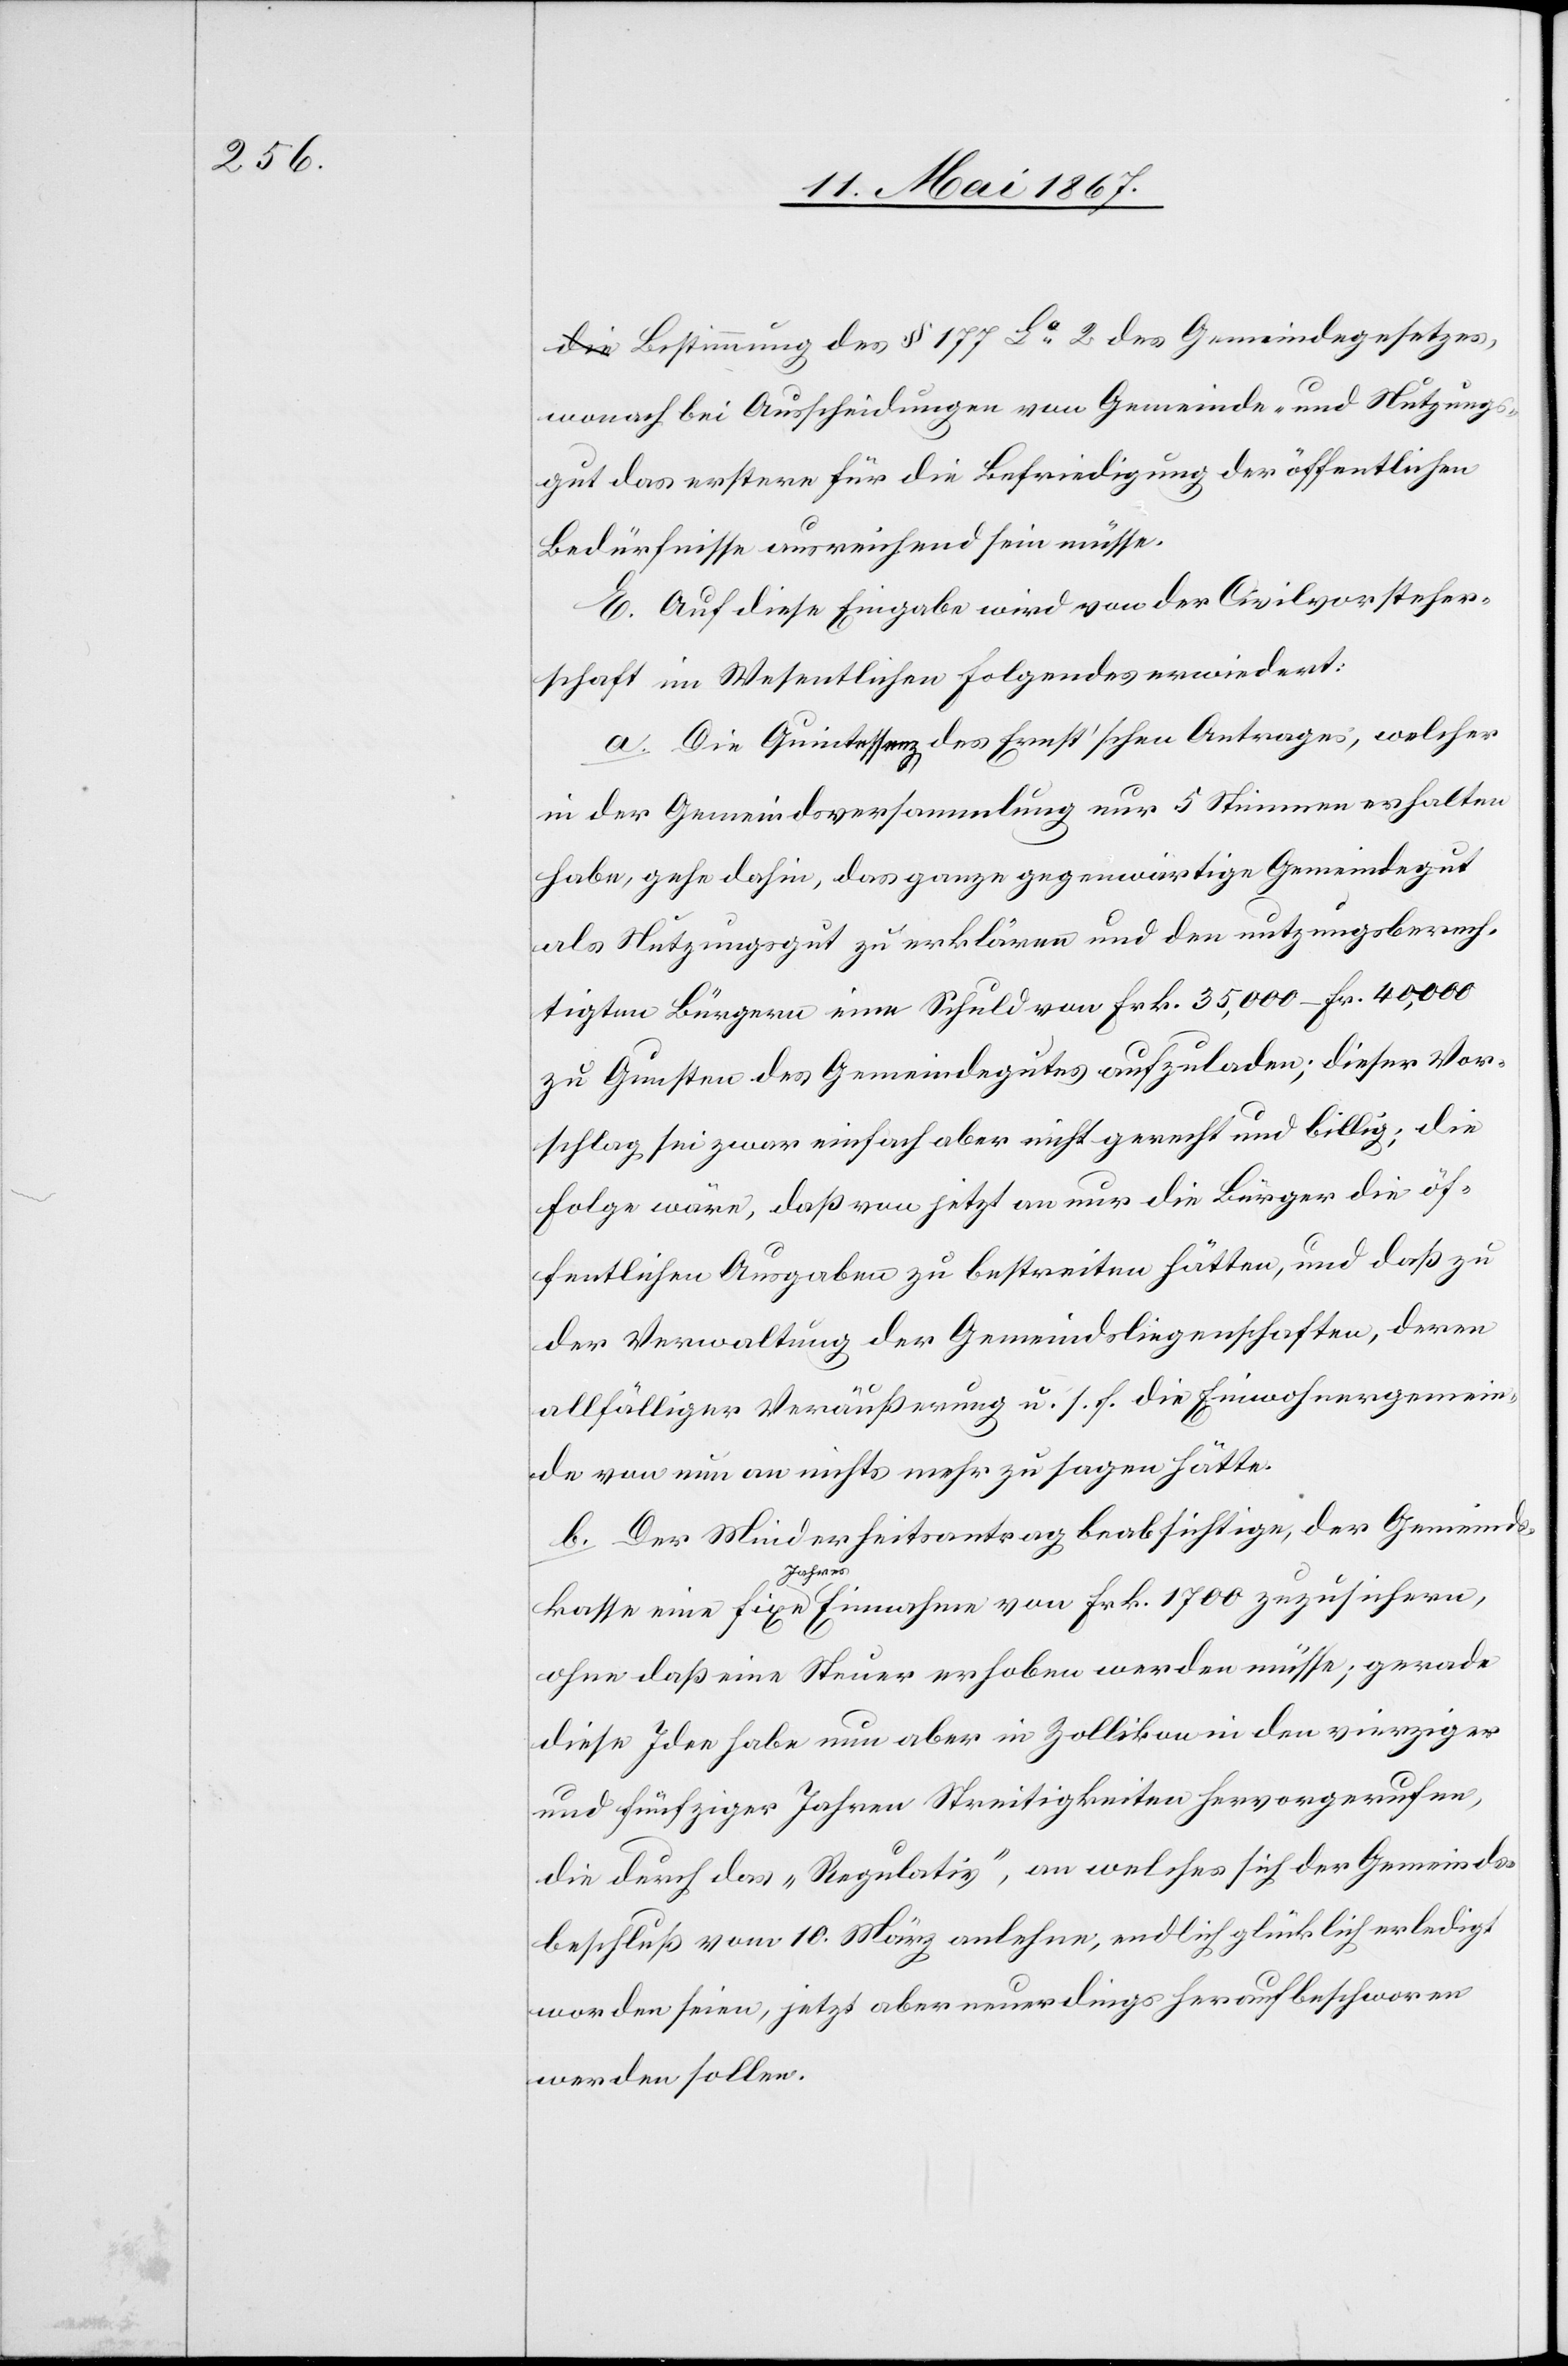
Bestimmung des § 177 La 2 des Gemeindegesetzes
wonach bei Ausscheidungen von Gemeinde- und Nutzung¬
sgut das erstere für die Befriedigung der öffentlichen
Bedürfnisse ausreichend sein müsse.
E. Auf diese Eingabe wird von der Civilvorsteher¬
schaft im Wesentlichen Folgendes erwiedert:
a. Die Quintessenz des Ernst’schen Antrages, welcher
in der Gemeindsversammlung nur 5 Stimmen erhalten
habe, gehe dahin, das ganze gegenwärtige Gemeindegut
als Nutzungsgut zu erklären und den nutzungsberech¬
tigten Bürgern eine Schuld von Frk. 35,000–Fr. 40,000
zu Gunsten des Gemeindegutes aufzuladen; dieser Vor¬
schlag, sei zwar einfach aber nicht gerecht und billig; die
Folge wäre, daß von jetzt an nur die Bürger die öf¬
fentlichen Ausgaben zu bestreiten hätten, und daß zu
der Verwaltung der Gemeindsliegenschaften, deren
allfälliger Veräußerung u. s. f. die Einwohnergemein¬
de von nun an nichts mehr zu sagen hätte.
b. Der Minderheitsantrag beabsichtige, der Gemeinds¬
kasse eine fixe Jahreseinnahme von Frk. 1700 zuzusichern,
ohne daß eine Steuer erhoben werden müsse; gerade
diese Idee habe nun aber in Zollikon in den vierziger
und fünfziger Jahren Streitigkeiten hervorgerufen,
die durch das „Regulativ“, an welches sich der Gemeinds¬
beschluß vom 10. März anlehne, endlich glücklich erledigt
worden seien, jetzt aber neuerdings heraufbeschworen
werden sollen.